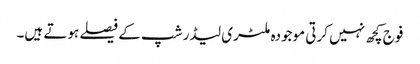
فوج کچھ نہیں کرتی موجودہ ملٹری لیڈر شپ کے فیصلے ہوتے ہیں۔